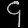
Digit: ၄